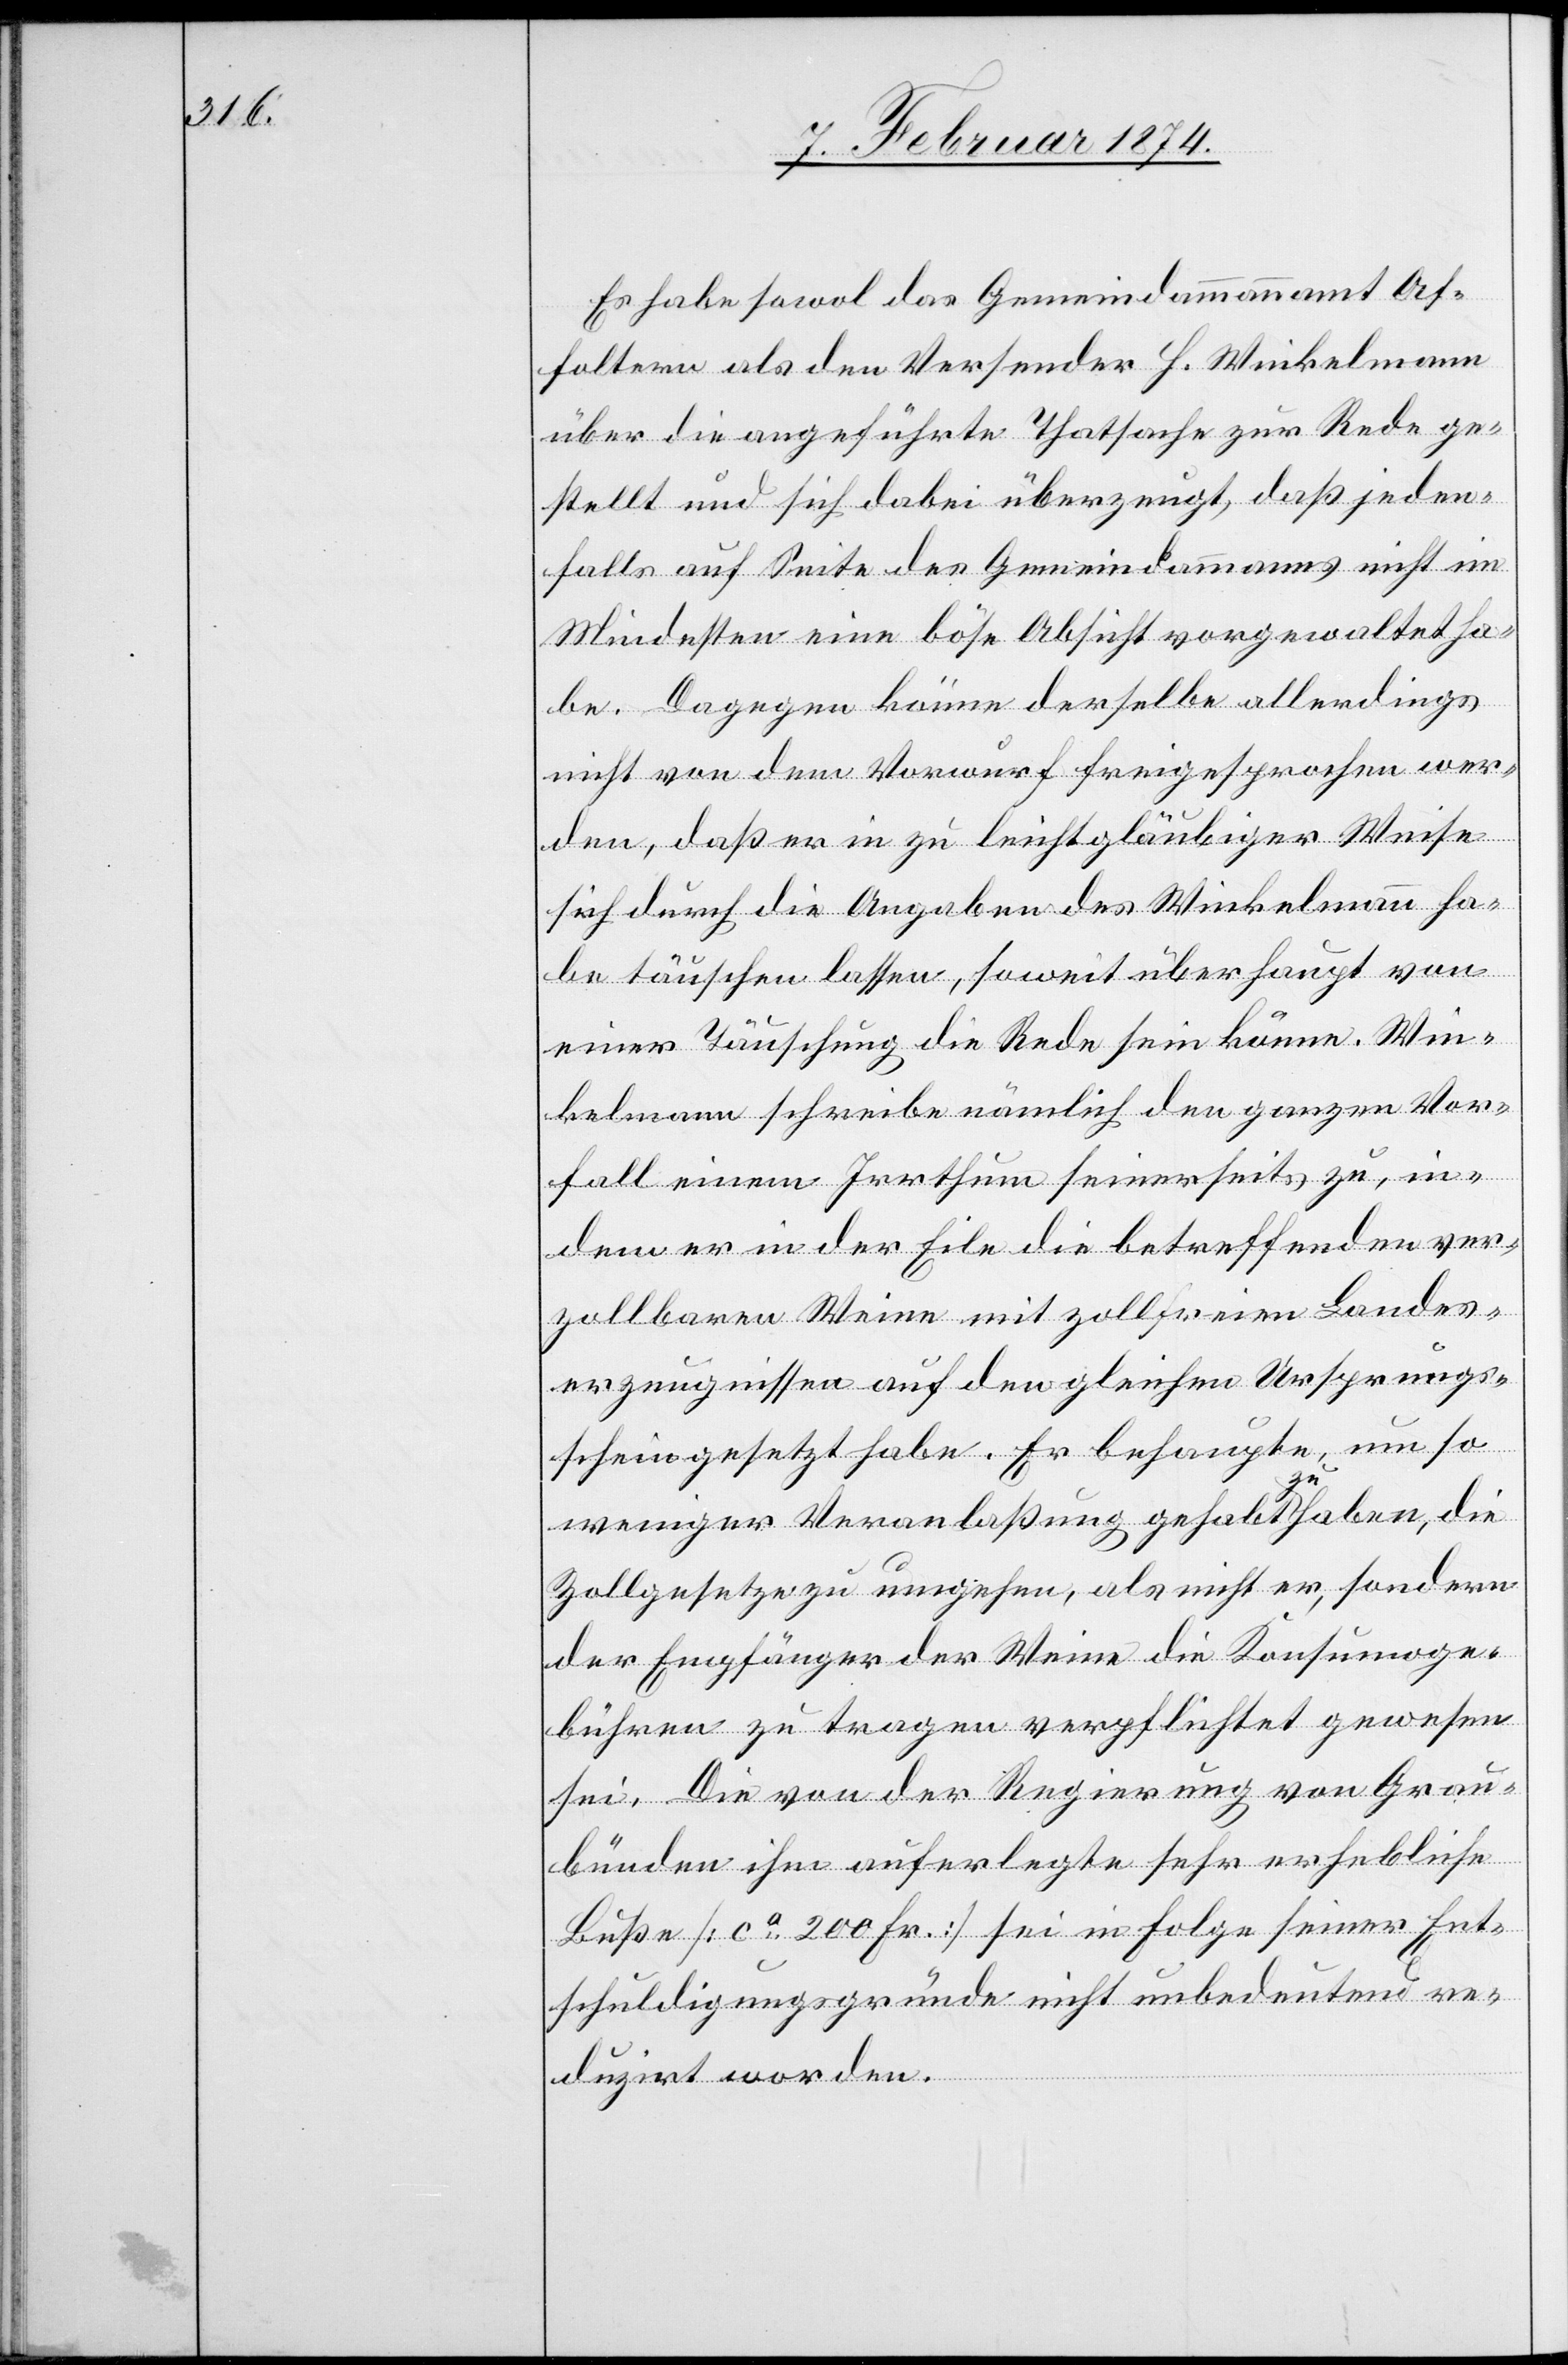
Es habe sowol das Gemeindammannamt Af¬
foltern als den Versender H. Winkelmann
über die angeführte Thatsache zur Rede ge¬
stellt und sich dabei überzeugt, daß jeden¬
falls auf Seite des Gemeindammans nicht im
Mindesten eine böse Absicht vorgewaltet ha¬
be. Dagegen könne derselbe allerdings
nicht von dem Vorwurf freigesprochen wer¬
den, daß er in zu leichtgläubiger Weise
sich durch die Angaben des Winkelmann ha¬
be täuschen lassen, soweit überhaupt von
einer Täuschung die Rede sein könne. Win¬
kelmann schreibe nämlich den ganzen Vor¬
fall einem Irrthum seinerseits zu, in¬
dem er in der Eile die betreffenden ver¬
zollbaren Weine mit zollfreien Landes¬
erzeugnissen auf den gleichen Ursprungs¬
schein gesetzt habe. Er behaupte, um so
weniger Veranlaßung gehabt zu haben, die
Zollgesetze zu umgehen, als nicht er, sondern
der Empfänger der Weine die Konsumoge¬
bühren zu tragen verpflichtet gewesen
sei. Die von der Regierung von Grau¬
bünden ihm auferlegte sehr erhebliche
Buße [ca 200 Fr.] sei in Folge seiner Ent¬
schuldigungsgründe nicht unbedeutend re¬
duzirt worden.